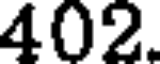
402.